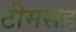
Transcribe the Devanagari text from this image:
टीमसह